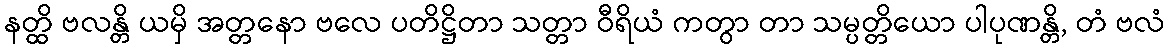
နတ္ထိ ဗလန္တိ ယမှိ အတ္တနော ဗလေ ပတိဋ္ဌိတာ သတ္တာ ဝီရိယံ ကတွာ တာ သမ္ပတ္တိယော ပါပုဏန္တိ, တံ ဗလံ